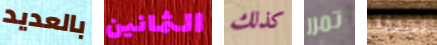
بالعديد الثمانين كذلك تمرر إيرينا